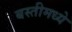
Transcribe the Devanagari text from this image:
बस्तीमध्ये